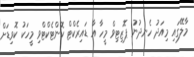
މާލޭގައި މިއަދު ހެނދުނު ޕޮޒިޓިވް މީހާ އާ ޑައިރެކްޓް ކޮންޓެކްޓްވި މީހަކު ކޮވިޑަށް